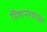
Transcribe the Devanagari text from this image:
मिशनर्‍यांच्या